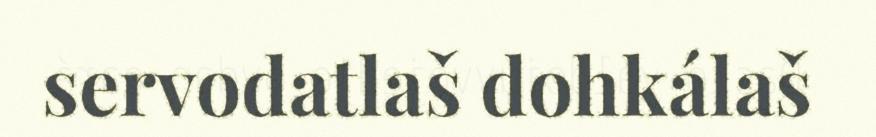
servodatlaš dohkálaš